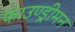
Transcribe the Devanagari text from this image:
फाउण्ड्रीमन